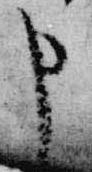
申